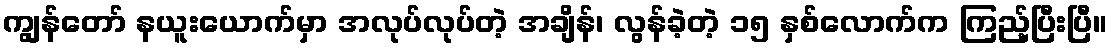
ကျွန်တော် နယူးယောက်မှာ အလုပ်လုပ်တဲ့ အချိန်၊ လွန်ခဲ့တဲ့ ၁၅ နှစ်လောက်က ကြည့်ပြီးပြီ။